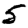
Digit: 5